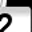
Digit: 2